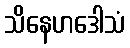
သိနေဟဒေါသံ